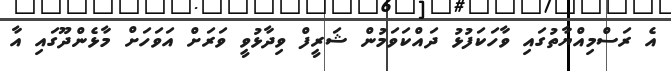
އެ ރަސްމިއްޔާތުގައި ވާހަކަފުޅު ދައްކަވަމުން ޝަރީފް ވިދާޅުވީ ވަރަށް އަވަހަށް މާޅެންދޫގައި އާ